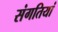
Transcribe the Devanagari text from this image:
संगतियां